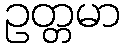
ဥတ္တမာ